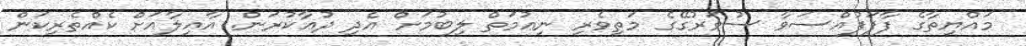
މައްޔިތާގެ ފާފަފުއްސަވާ ސުވަރުގޭގެ މަތިވެރި ނިޢުމަތް ލިބުމަށް އެދި ދުޢާކުރަން. އާއިލާއަށް ކެއްތެރިކަން